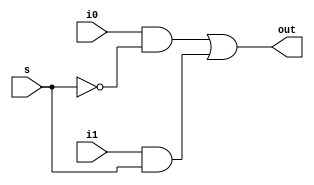
module mux_2(out, i0, i1, s);

output out;       // ports declaration
input i0, i1, s;
wire r1,r2,r3;

not n1(r3, s);

and a1(r1, i0, r3);
and a2(r2, i1, s);

or o1(out, r1, r2);

endmodule